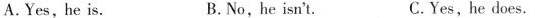
A.Yes, he is. B.No,he isn't. C.Yes,he does.